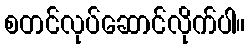
စတင်လုပ်ဆောင်လိုက်ပါ။